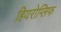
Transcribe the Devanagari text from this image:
हियरोग्लिफ